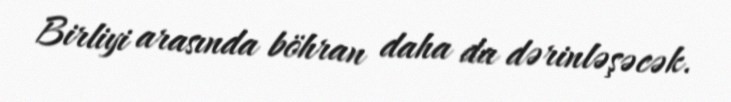
Birliyi arasında böhran daha da dərinləşəcək.